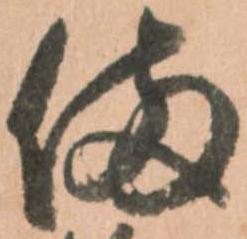
備